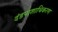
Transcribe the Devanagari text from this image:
दंडपाशाधिकरण